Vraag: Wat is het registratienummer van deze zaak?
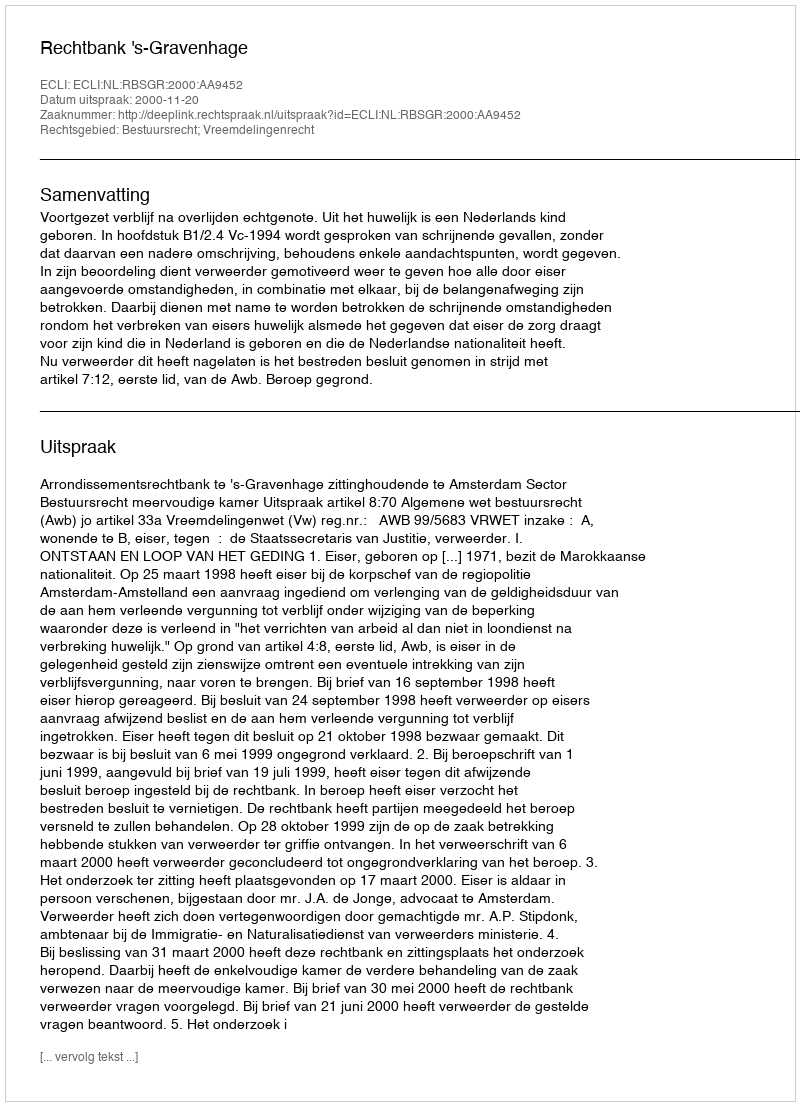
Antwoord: http://deeplink.rechtspraak.nl/uitspraak?id=ECLI:NL:RBSGR:2000:AA9452